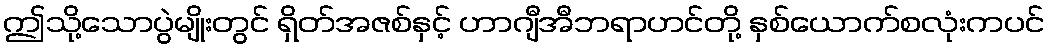
ဤသို့သောပွဲမျိုးတွင် ရှိတ်အဇစ်နှင့် ဟာဂျီအီဘရာဟင်တို့ နှစ်ယောက်စလုံးကပင်